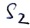
Text: S2